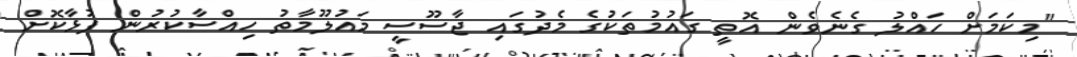
"މިކަމަށް ހައްލު ގެނެވެން އޮތީ ގައުމުތަކުގެ މެދުގައި ޖާސޫސީ މައުލޫމާތު ހިއްސާކުރުން ފުޅާކޮށް